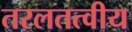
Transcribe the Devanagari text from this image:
तरलतत्वीय